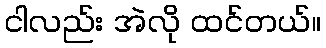
ငါလည်း အဲလို ထင်တယ်။